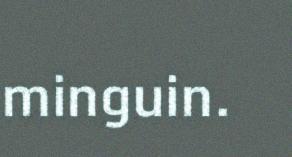
minguin.